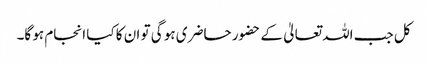
کل جب اللہ تعالیٰ کے حضور حاضری ہو گی تو ان کا کیا انجام ہو گا۔